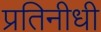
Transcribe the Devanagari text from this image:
प्रतिनीधी